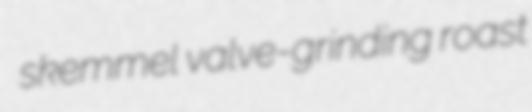
skemmel valve-grinding roast